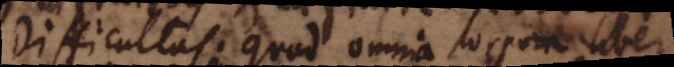
Difficultas: quod omnia corpora libert